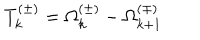
T _ { k } ^ { ( \pm ) } = \Omega _ { k } ^ { ( \pm ) } - \Omega _ { k + 1 } ^ { ( \mp ) }